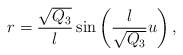
\begin{align*}r = \frac{\sqrt{Q_3}}{l} \sin \left( \frac{l}{\sqrt{Q_3}} u \right),\end{align*}